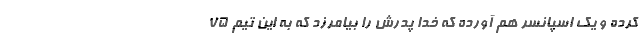
کرده و یک اسپانسر هم آورده که خدا پدرش را بیامرزد که به این تیم 75